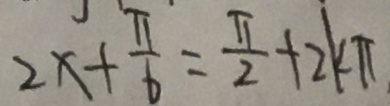
2 x + \frac { \pi } { 6 } = \frac { \pi } { 2 } + 2 k \pi